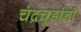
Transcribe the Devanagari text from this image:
चंद्रचूडांनी